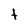
Character: t